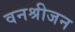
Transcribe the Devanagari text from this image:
वनश्रीजन